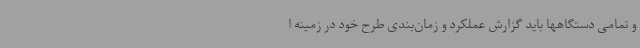
و تمامی دستگاهها باید گزارش عملکرد و زمان‌بندی طرح خود در زمینه ا